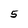
Character: 5